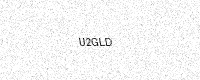
Text: U2GLD